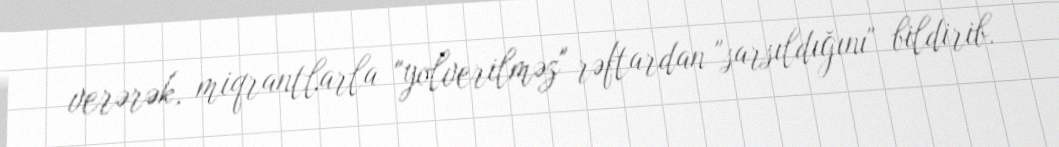
verərək, miqrantlarla "yolverilməz" rəftardan "sarsıldığını" bildirib.